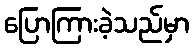
ပြောကြားခဲ့သည်မှာ